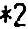
*2